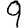
Digit: 9